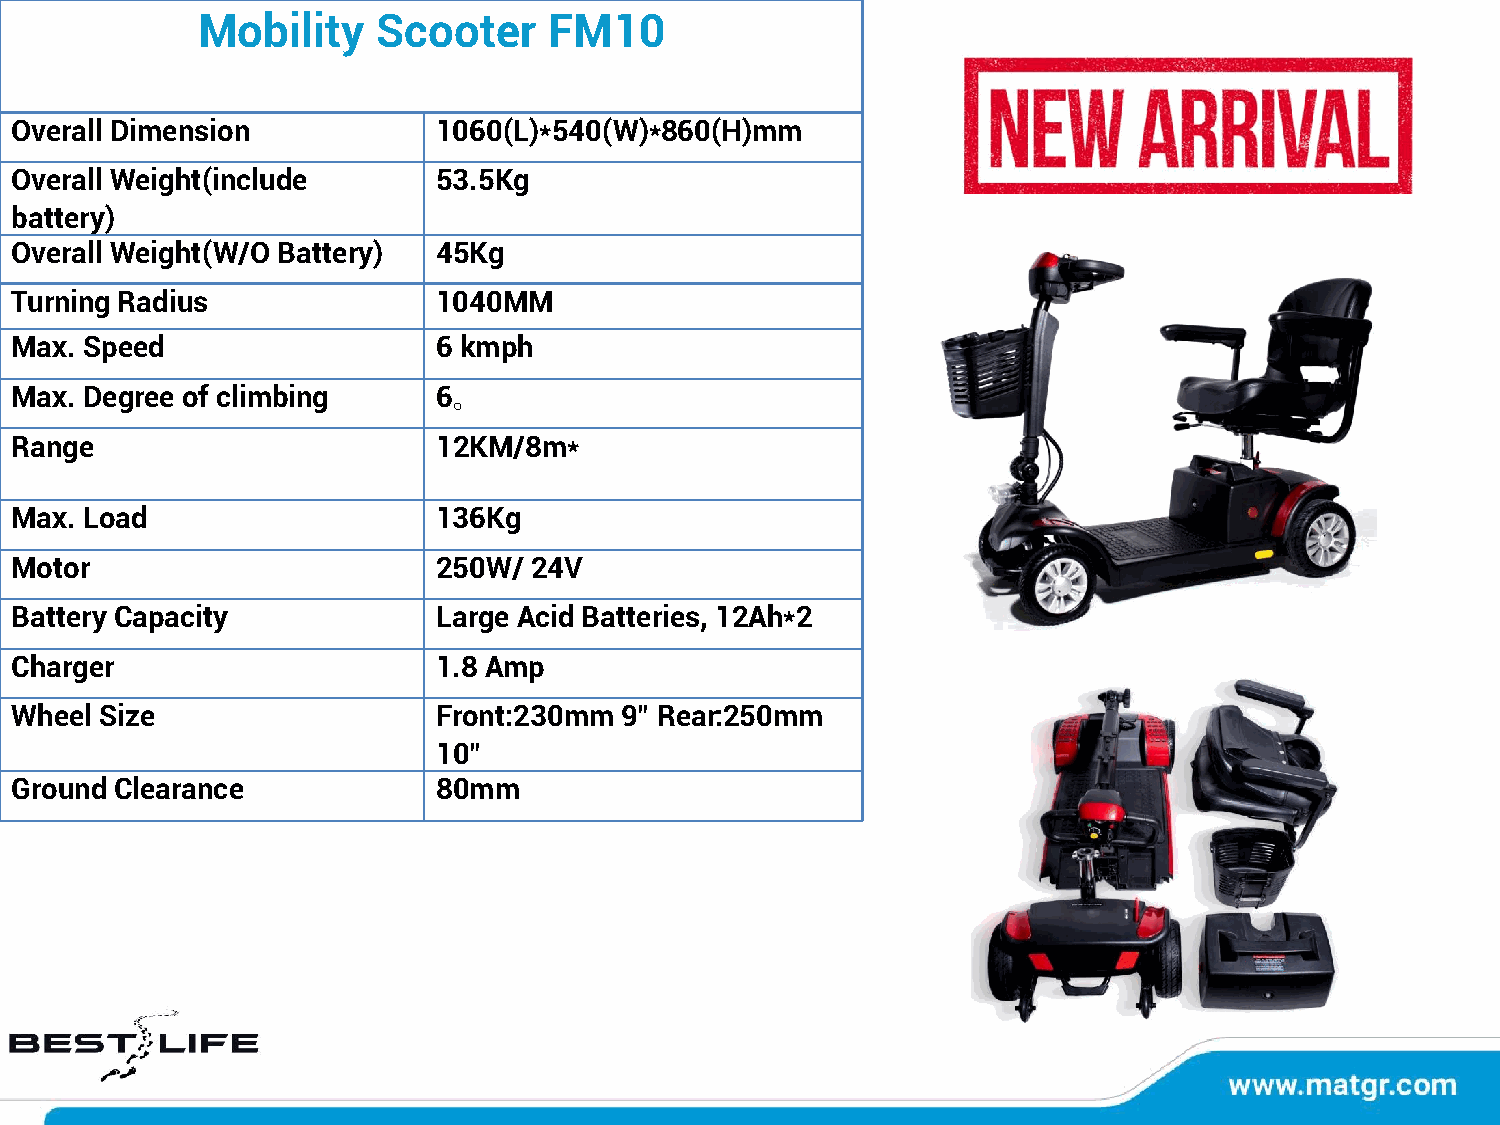
Mobility    Scooter    FM10
 Overall Dimension           1060(L)*540(W)*860(H)mm
 Overall Weight(include      53.5Kg
 battery)
 Overall Weight(W/O Battery) 45Kg
 Turning Radius              1040MM
 Max. Speed                  6 kmph
 Max. Degree of climbing     6。
 Range                       12KM/8m*
 Max. Load                   136Kg
 Motor                       250W/ 24V
 Battery Capacity            Large Acid Batteries, 12Ah*2
 Charger                     1.8 Amp
 Wheel Size                  Front:230mm 9” Rear:250mm
 10”
 Ground Clearance            80mm